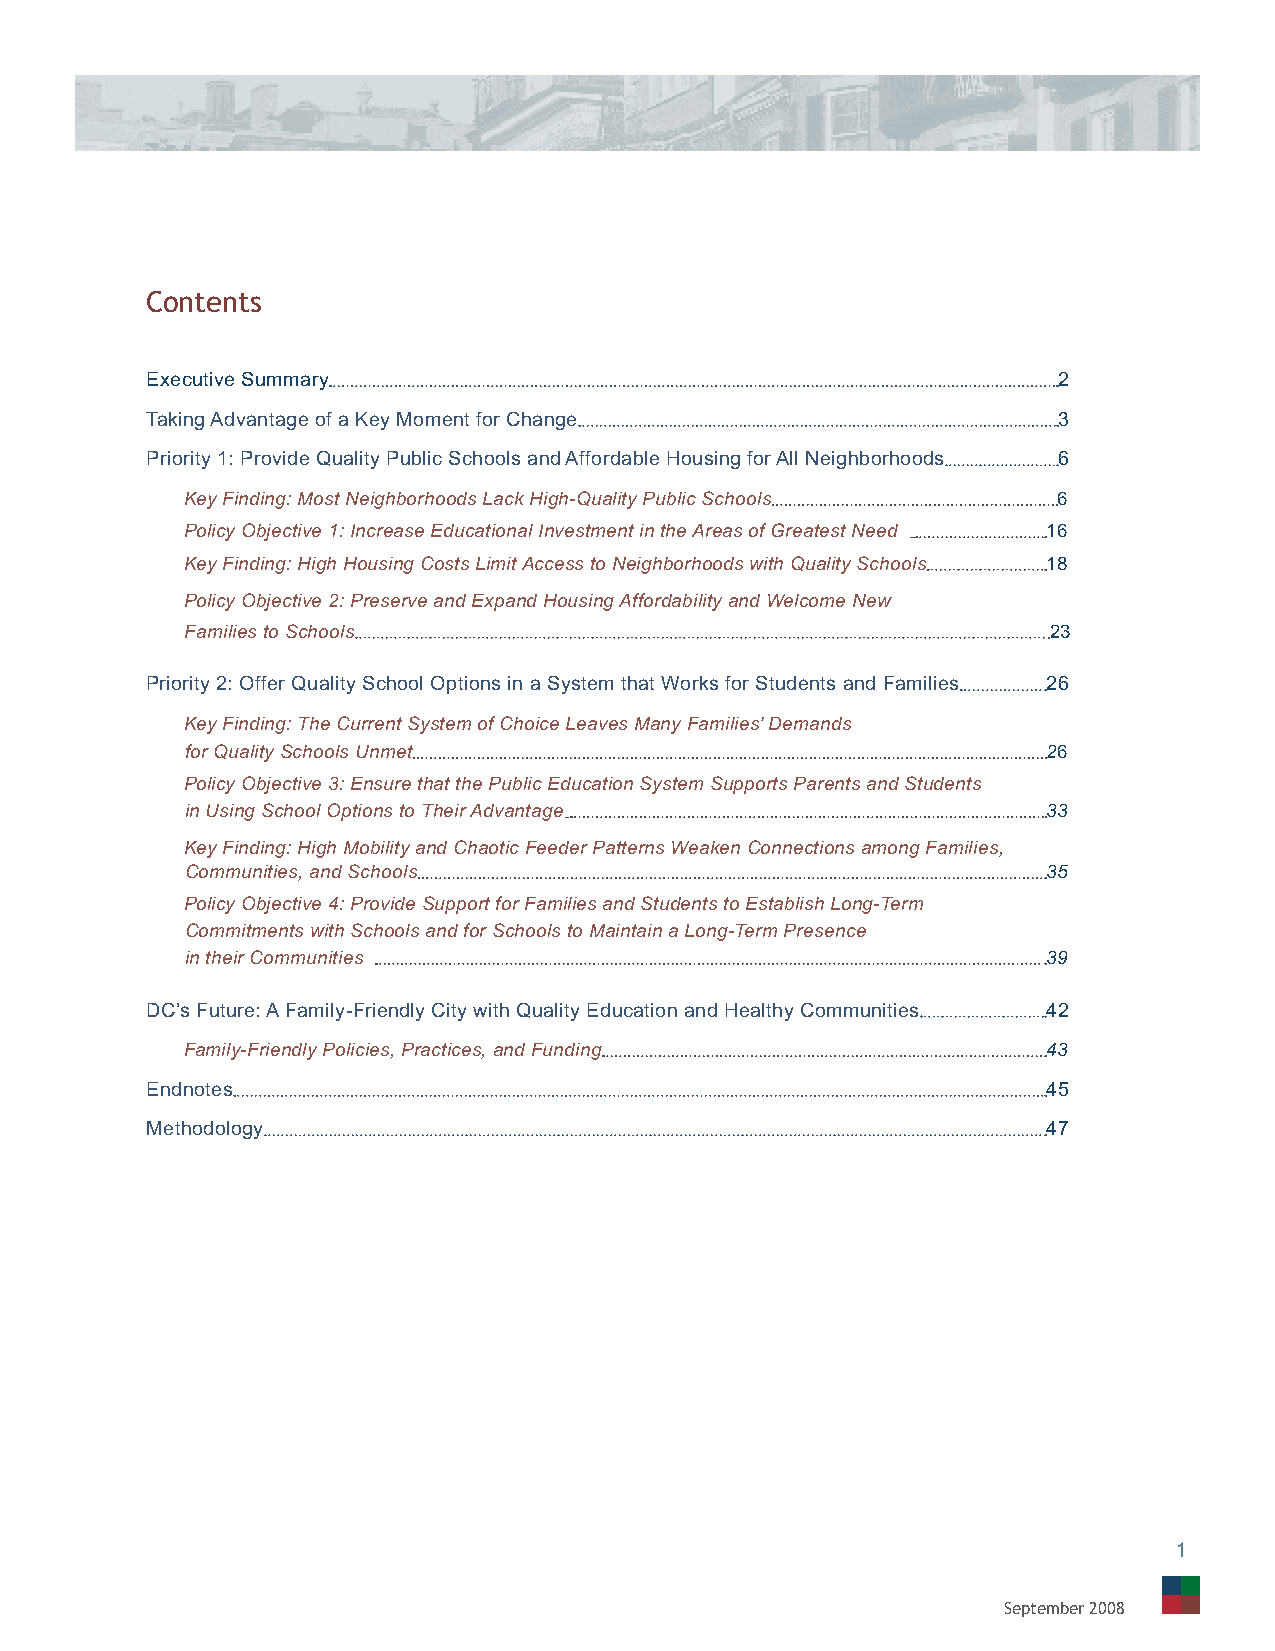
Contents
 Executive Summary                                           2
 Taking Advantage of a Key Moment for Change                 3
 Priority 1: Provide Quality Public Schools and Affordable Housing for All Neighborhoods 6
 Key Finding: Most Neighborhoods Lack High-Quality Public Schools 6
 Policy Objective 1: Increase Educational Investment in the Areas of Greatest Need 16
 Key Finding: High Housing Costs Limit Access to Neighborhoods with Quality Schools 18
 Policy Objective 2: Preserve and Expand Housing Affordability and Welcome New
 Families to Schools                                      23
 Priority 2: Offer Quality School Options in a System that Works for Students and Families 26
 Key Finding: The Current System of Choice Leaves Many Families’ Demands
 for Quality Schools Unmet                                26
 Policy Objective 3: Ensure that the Public Education System Supports Parents and Students
 in Using School Options to Their Advantage               33
 Key Finding: High Mobility and Chaotic Feeder Patterns Weaken Connections among Families,
 Communities, and Schools                                 35
 Policy Objective 4: Provide Support for Families and Students to Establish Long-Term
 Commitments with Schools and for Schools to Maintain a Long-Term Presence
 in their Communities                                     39
 DC’s Future: A Family-Friendly City with Quality Education and Healthy Communities 42
 Family-Friendly Policies, Practices, and Funding         43
 Endnotes                                                   45
 Methodology                                                47
 1
 September 2008